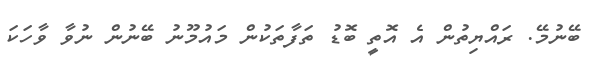
ބޭނުމޭ. ރައްޔިތުން އެ އޮތީ ބޮޑު ތަފާތަކުން މައުމޫނު ބޭނުން ނުވާ ވާހަކަ